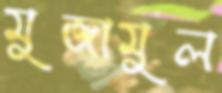
মুজামুল